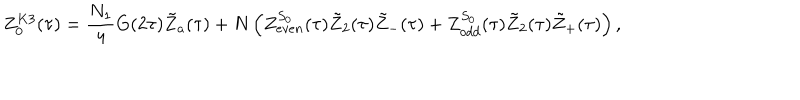
Z _ { 0 } ^ { K 3 } ( \tau ) = \frac { N _ { 1 } } { 4 } G ( 2 \tau ) { \tilde { Z } } _ { a } ( \tau ) + N \left( Z _ { e v e n } ^ { S _ { 0 } } ( \tau ) { \tilde { Z } } _ { 2 } ( \tau ) { \tilde { Z } } _ { - } ( \tau ) + Z _ { o d d } ^ { S _ { 0 } } ( \tau ) { \tilde { Z } } _ { 2 } ( \tau ) { \tilde { Z } } _ { + } ( \tau ) \right) ,